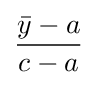
{\frac {{\bar {y}}-a}{c-a}}